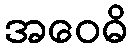
အဝေဓိ